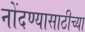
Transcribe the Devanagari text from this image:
नोंदण्यासाठीच्या